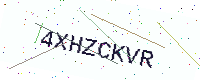
Text: 4XHZCKVR